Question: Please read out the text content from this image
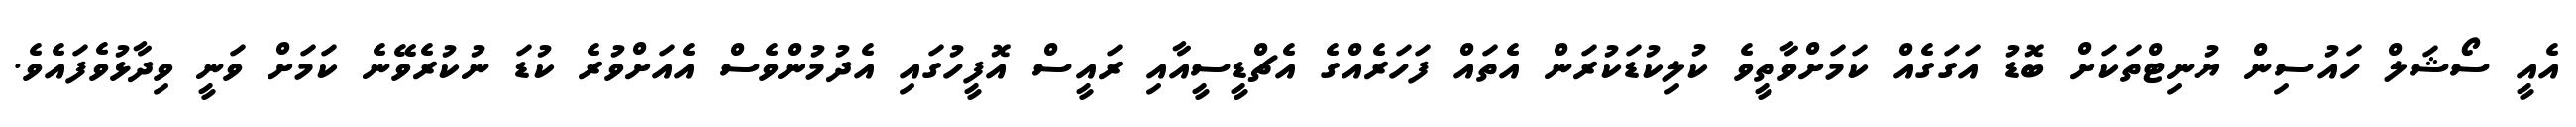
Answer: އެއީ ސޯޝަލް ހައުސިން ޔުނިޓްތަކަށް ބޮޑު އަގަގެއް ކަމަށްވާތީވެ ކުލިކުޑަކުރަން އެތައް ފަހަރެއްގެ އެޗްޑީސީއާއި ރައީސް އޮފީހުގައި އެދުމުންވެސް އެއަށްވުރެ ކުޑަ ނުކުރެވޭނެ ކަމަށް ވަނީ ވިދާޅުވެފައެވެ.